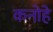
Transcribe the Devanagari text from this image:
कनोहे